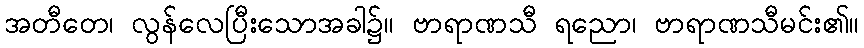
အတီတေ၊ လွန်လေပြီးသောအခါ၌။ ဗာရာဏသီ ရညော၊ ဗာရာဏသီမင်း၏။